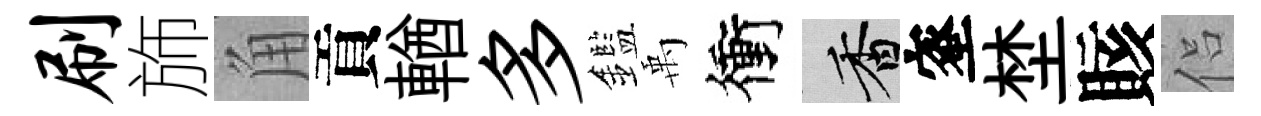
刷斾角貢輶多鑑禹衝香蜜埜賅侣